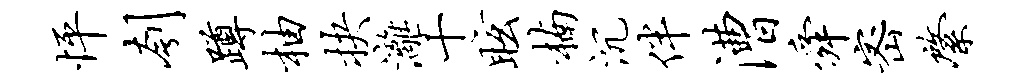
怦刳蹲柚抉漓十眩楠沉伴漕舜密綮